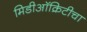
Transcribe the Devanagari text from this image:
मिडीऑक्रिटीचा